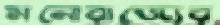
মনোরাজ্যের